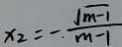
x _ { 2 } = - \frac { \sqrt { m - 1 } } { m - 1 }